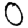
Digit: 0